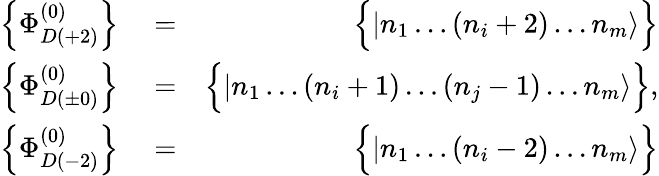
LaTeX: \begin{array}{rlr}{\left\{ \Phi_{D(+2)}^{(0)}\right\} }&{{}=}&{\Big\{ |n_{1}\dots(n_{i}+2)\dots n_{m}\rangle\Big\} }\\ {\left\{ \Phi_{D(\pm 0)}^{(0)}\right\} }&{{}=}&{\Big\{ |n_{1}\dots(n_{i}+1)\dots(n_{j}-1)\dots n_{m}\rangle\Big\} ,}\\ {\left\{ \Phi_{D(-2)}^{(0)}\right\} }&{{}=}&{\Big\{ |n_{1}\dots(n_{i}-2)\dots n_{m}\rangle\Big\} }\end{array}